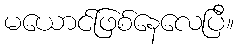
မယောင်ဖြစ်နေလေပြီ။